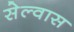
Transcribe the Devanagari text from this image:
सेल्वास